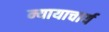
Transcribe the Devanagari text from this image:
न्यायाचार्य